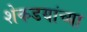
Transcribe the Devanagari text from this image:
शेकडयांच्या